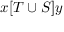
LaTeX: x [ T \cup S ] y